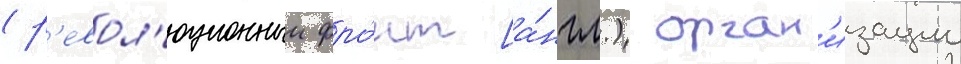
(р'евол'юционныи фро́нт [а́нгл.) орган'изации